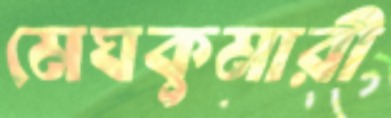
মেঘকুমারী